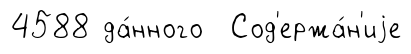
4588 да́нного Сод'ержа́н'иjе